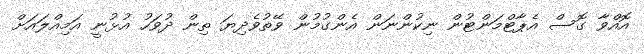
އޮއްވާ ގޮސް އެޕާޓްމަންޓުން ނިކުންނަން އެންގުމުން ވޭތުވެދިޔަ ތިން ދުވަހު އުޅުނީ އަމިއްލައަށް